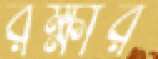
রক্ষীর